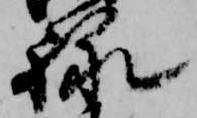
詠